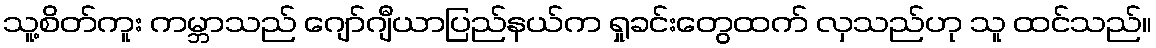
သူ့စိတ်ကူး ကမ္ဘာသည် ဂျော်ဂျီယာပြည်နယ်က ရှုခင်းတွေထက် လှသည်ဟု သူ ထင်သည်။